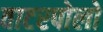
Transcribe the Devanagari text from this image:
वाटरपोलो